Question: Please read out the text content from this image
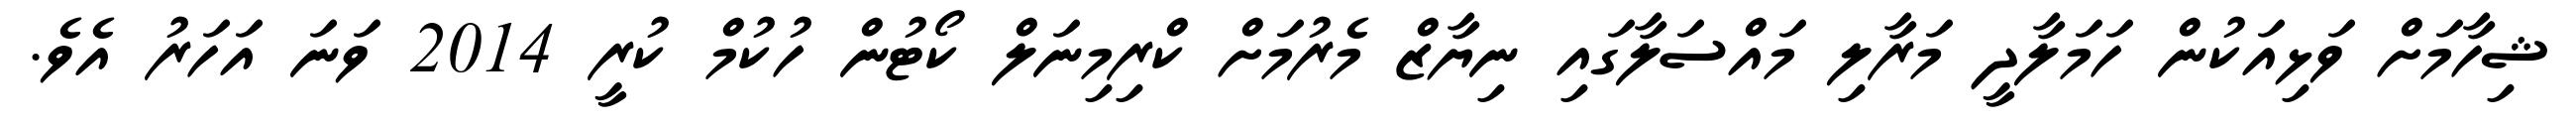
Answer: ޝިހާމަށް ވަޅިއަކުން ހަމަލާދީ މަރާލި މައްސަލާގައި ނިޔާޒް މެރުމަށް ކްރިމިނަލް ކޯޓުން ހުކުމް ކުރީ 2014 ވަނަ އަހަރު އެވެ.